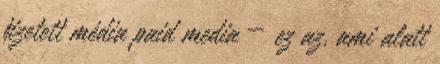
ﬁzetett média paid media — ez az, ami alatt